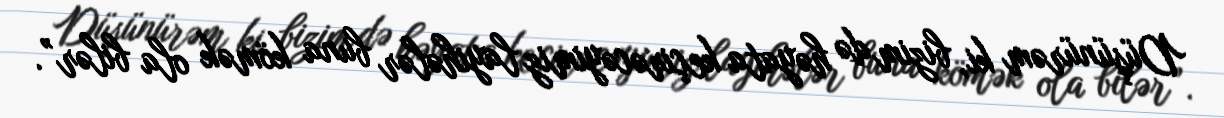
Düşünürəm ki, bizim də həyata keçirəcəyimiz layihələr buna kömək ola bilər”.